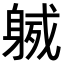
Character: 𨉙